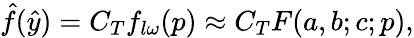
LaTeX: \hat{f}(\hat{y})=C_{T}f_{l\omega}(p)\approx C_{T}F(a,b;c;p),